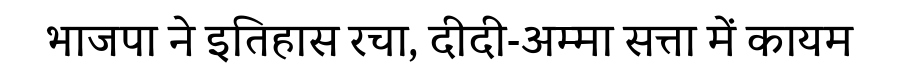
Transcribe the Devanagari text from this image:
भाजपा ने इतिहास रचा, दीदी-अम्मा सत्ता में कायम